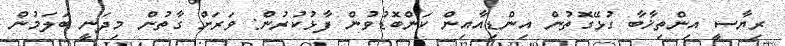
ރިޔާސީ އިންތިޚާބާ ގުޅޭގޮތުން އިންޑިއާއިން ކަންބޮޑުވުން ފާޅުކުރުން: ވަރަށް ގާތުން މިދަނީ ބަލަމުން